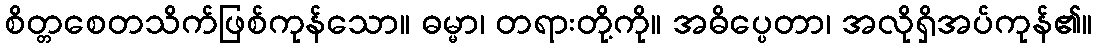
စိတ္တစေတသိက်ဖြစ်ကုန်သော။ ဓမ္မာ၊ တရားတို့ကို။ အဓိပ္ပေတာ၊ အလိုရှိအပ်ကုန်၏။